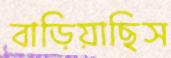
বাড়িয়াছিস